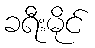
ခရီးမိုင်